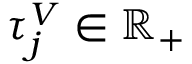
\tau _ { j } ^ { V } \in \mathbb { R } _ { + }